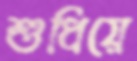
শুধিয়ে